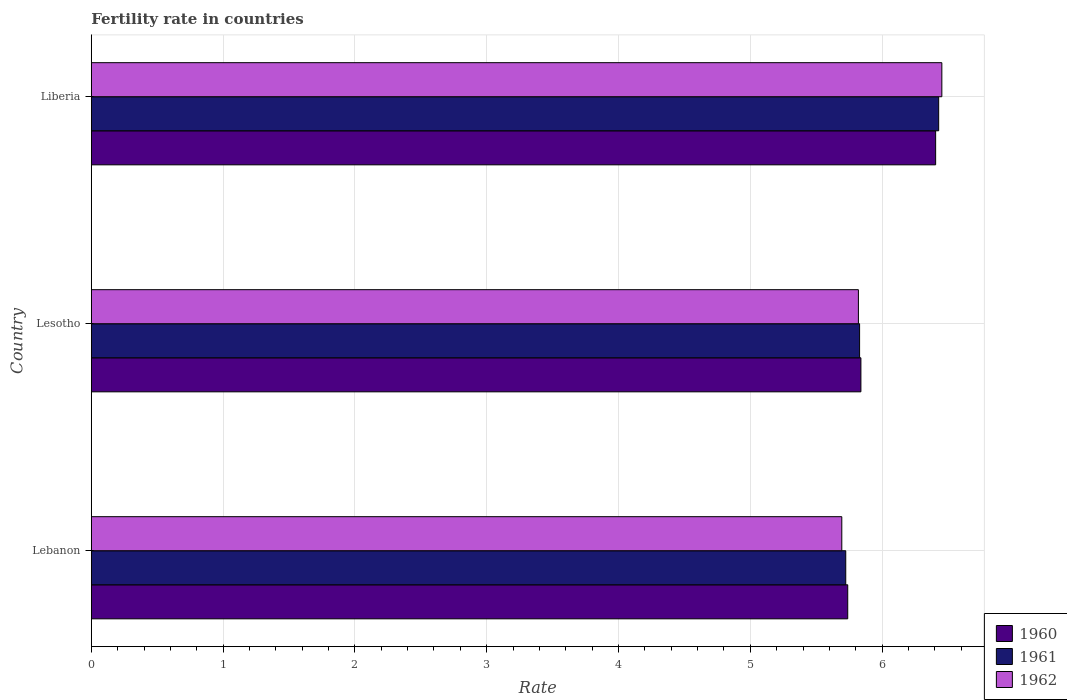
| Country | 1960 | 1961 | 1962 |
 | --- | --- | --- | --- |
 | Lebanon | 5.74 | 5.72 | 5.69 |
 | Lesotho | 5.84 | 5.83 | 5.82 |
 | Liberia | 6.41 | 6.43 | 6.45 |